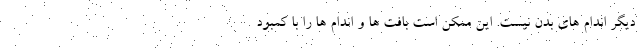
دیگر اندام های بدن نیست. این ممکن است بافت ها و اندام ها را با کمبود